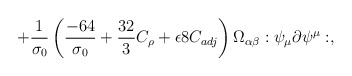
\begin{align*}+ \frac{1}{\sigma_{0}} \left(\frac{-64}{\sigma_{0}} + \frac{32}{3} C_{\rho} + \epsilon 8 C_{adj}\right) \Omega_{\alpha \beta} :\psi_{\mu} \partial \psi^{\mu}:, \end{align*}